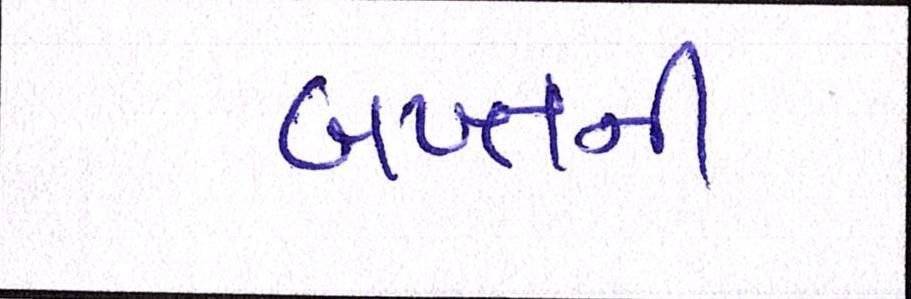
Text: બખ્તની